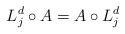
LaTeX: \begin{align*} L_j^d\circ A = A\circ L_j^d \ \end{align*}